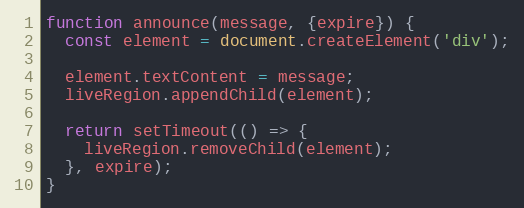
Language: JavaScript
function announce(message, {expire}) {
  const element = document.createElement('div');

  element.textContent = message;
  liveRegion.appendChild(element);

  return setTimeout(() => {
    liveRegion.removeChild(element);
  }, expire);
}